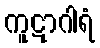
ကူဋာဂါရံ